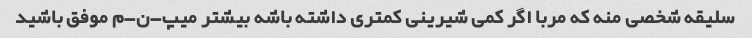
سلیقه شخصی منه که مربا اگر کمی شیرینی کمتری داشته باشه بیشتر میپ-ن-م موفق باشید